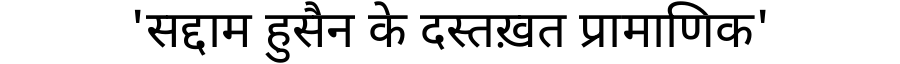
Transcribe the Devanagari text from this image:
'सद्दाम हुसैन के दस्तख़त प्रामाणिक'